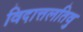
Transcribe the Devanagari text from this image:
विदात्तलतिवु